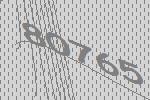
80765